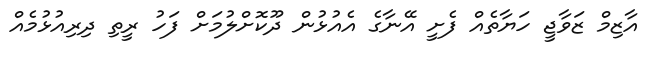
އާޒިމް ޒަވާޖީ ހަޔާތެއް ފެށީ އޭނާގެ އެއުޅުން ދޫކޮށްލުމަށް ފަހު ރީތި ދިރިއުޅުމެއް